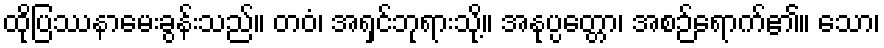
ထိုပြဿနာမေးခွန်းသည်။ တဝံ၊ အရှင်ဘုရားသို့။ အနုပ္ပတ္တော၊ အစဉ်ရောက်၏။ သော၊